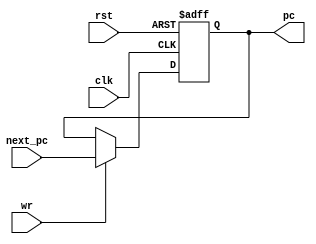
module cpu_pc_reg (
	input clk, rst,

	input [31:0] next_pc, 
	input wr,
	output reg [31:0] pc
);
	parameter EXEC_START_ADDR = 32'h40000000;
	
	task reset;
		begin
			pc <= EXEC_START_ADDR;
		end
	endtask

	task on_clock;
		begin
			if (wr)
				pc <= next_pc;
		end
	endtask

	always @(posedge clk or posedge rst) begin
		if (rst) reset;
		else on_clock;
	end
endmodule